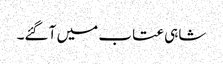
شاہی عتاب میں آ گئے۔